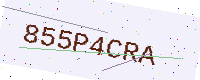
Text: 855P4CRA